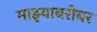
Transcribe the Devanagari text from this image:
माझ्याबरोबर